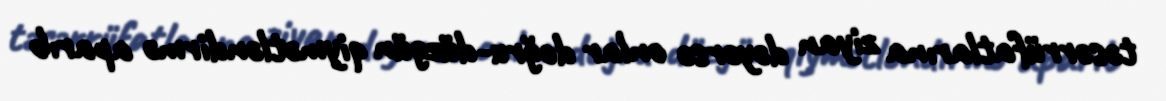
təsərrüfatlarına ziyan dəyərsə onlar doğru-düzgün qiymətləndirmə aparıb